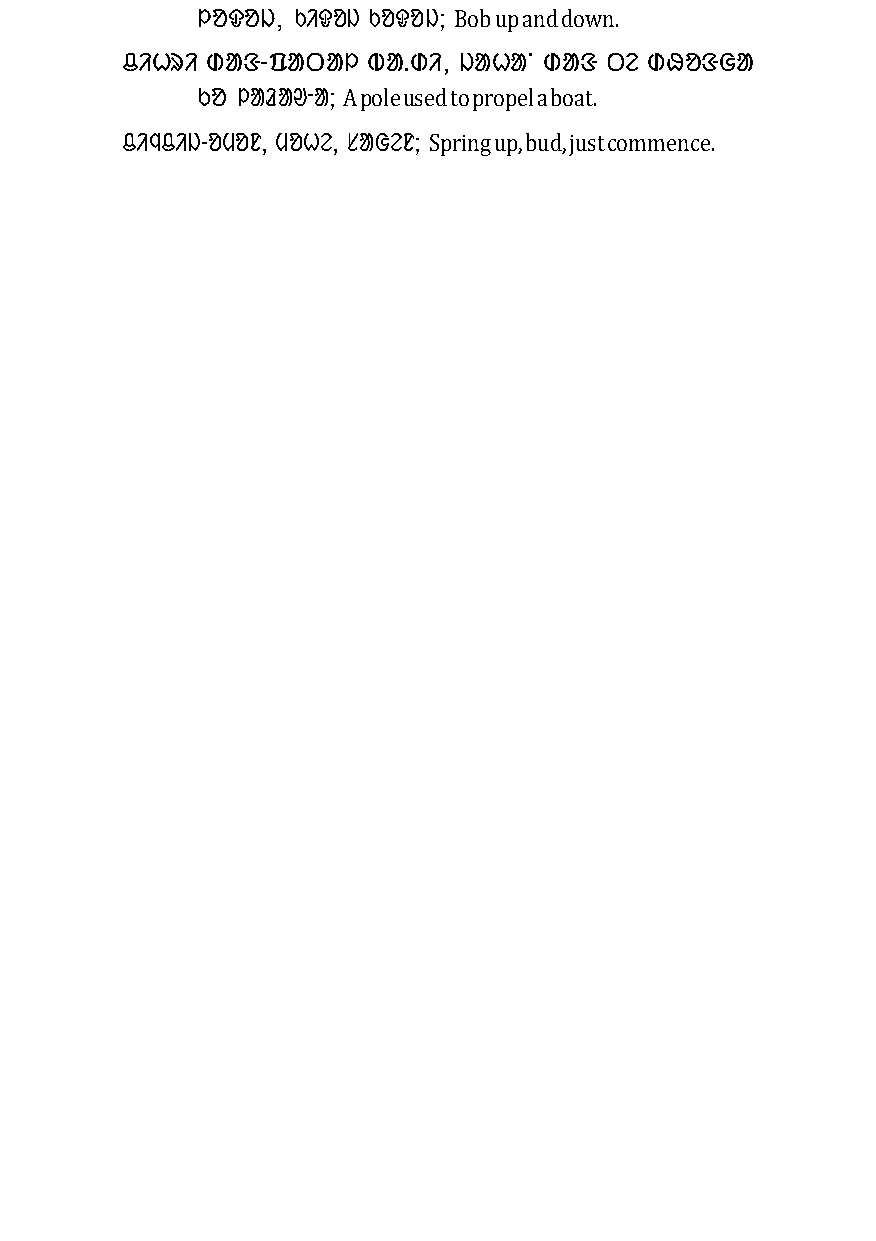
ᱞᱚᱫᱚᱡ, ᱠᱤᱫᱚᱡ ᱠᱚᱫᱚᱡ; Bob up and down.
 ᱪᱤᱦᱨᱤ ᱰᱟᱝ-ᱯᱟᱛᱟᱞ ᱵᱟᱹᱰᱤ, ᱡᱟᱦᱟᱸ ᱰᱟᱝ ᱛᱮ ᱰᱷᱚᱝᱜᱟ
 ᱠᱚ ᱞᱟᱲᱟᱣᱼᱟ; A pole used to propel a boat.
 ᱪᱤᱧᱪᱤᱡ-ᱚᱢᱚᱱ, ᱢᱚᱦᱮ, ᱥᱟᱜᱮᱱ; Spring up, bud, just commence.